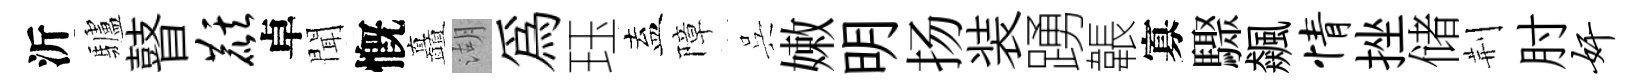
沂驢瞽麒卓聞慨矗湖為珏盍障呉嫩明扬装踴韔寡驟飆情挫储荆肘奸